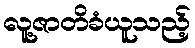
လူ့ဇာတိခံယူသည့်